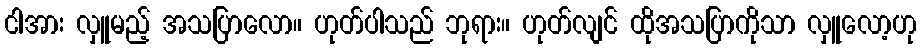
ငါအား လှူမည့် အသပြာလော။ ဟုတ်ပါသည် ဘုရား။ ဟုတ်လျင် ထိုအသပြာကိုသာ လှူလော့ဟု